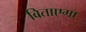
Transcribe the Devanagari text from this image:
बिताएगा